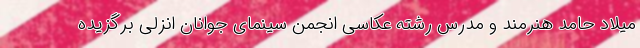
میلاد حامد هنرمند و مدرس رشته عکاسی انجمن سینمای جوانان انزلی برگزیده